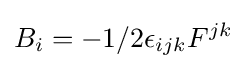
B_{i}=-1/2\epsilon _{ijk}F^{jk}